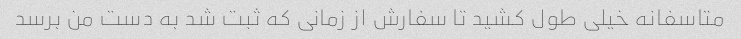
متاسفانه خیلی طول کشید تا سفارش از زمانی که ثبت شد به دست من برسد